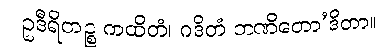
ဥဒီရိတဉ္စ ကထိတံ၊ ဂဒိတံ ဘဏိတော’ဒိတာ။